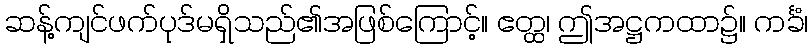
ဆန့်ကျင်ဖက်ပုဒ်မရှိသည်၏အဖြစ်ကြောင့်။ ဧတ္ထ၊ ဤအဋ္ဌကထာ၌။ ကင်္ခံ၊